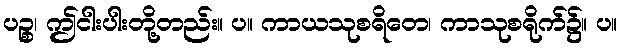
ပဉ္စ၊ ဤငါးပါးတို့တည်း။ ပ။ ကာယသုစရိတေ၊ ကာသုစရိုက်၌။ ပ။